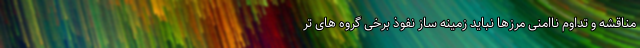
مناقشه و تداوم ناامنی مرزها نباید زمینه ساز نفوذ برخی گروه های تر